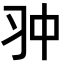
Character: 𠁨